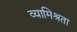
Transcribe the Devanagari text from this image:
व्यामिश्रता